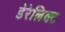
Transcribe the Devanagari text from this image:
डेरेलिक्ट